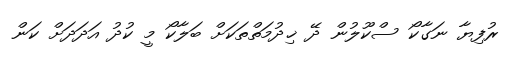
ރުފިޔާ ނަގާކޯ ސްކޫލުން ދޭ ޚިދުމަތްތަކަށް ބަލާކޯ މީ ކުދު އަދަދަށް ކަން